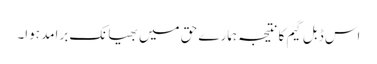
اس ڈبل گیم کا نتیجہ ہمارے حق میں بھیانک برامد ہوا۔